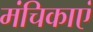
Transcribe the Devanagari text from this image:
मंचिकाएं